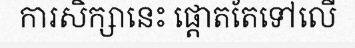
ការសិក្សានេះ ផ្តោតតែទៅលើ